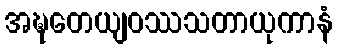
အဍ္ဎတေယျဝဿသတာယုကာနံ